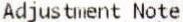
ADJUSTMENT NOTE